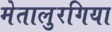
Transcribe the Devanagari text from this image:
मेतालुरगिया